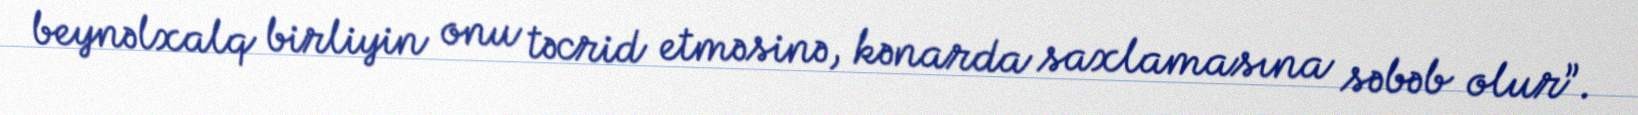
beynəlxalq birliyin onu təcrid etməsinə, kənarda saxlamasına səbəb olur”.